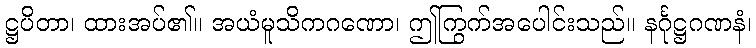
ဋ္ဌပိတာ၊ ထားအပ်၏။ အယံမူသိကဂဏော၊ ဤကြွက်အပေါင်းသည်။ နင်္ဂုဋ္ဌဂဏနံ၊